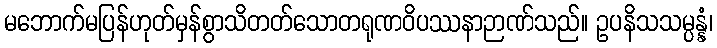
မဘောက်မပြန်ဟုတ်မှန်စွာသိတတ်သောတရုဏဝိပဿနာဉာဏ်သည်။ ဥပနိသသမ္ပန္နံ၊